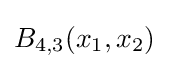
B_{4,3}(x_{1},x_{2})